Annual report of the Imperial Bacteriologist
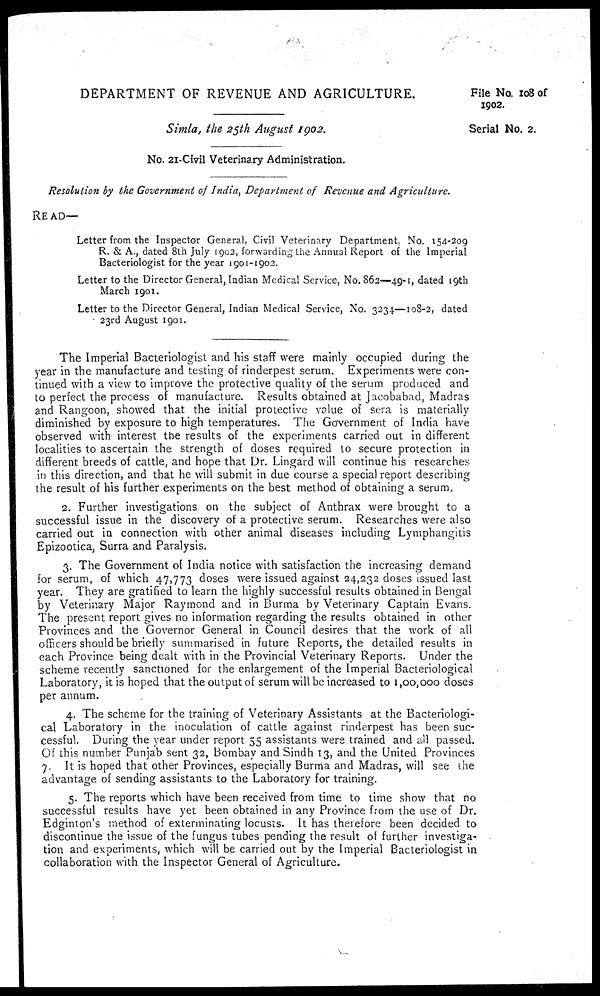
File No. 108 of
1902.
Serial No. 2.
DEPARTMENT OF REVENUE AND AGRICULTURE.
Simla, the 25th August 1902.
No. 21-Civil Veterinary Administration.
Resolution by the Government of India, Department of Revenue and Agriculture.
READ—
Letter from the Inspector General, Civil Veterinary Department, No. 154-209
R. & A., dated 8th July 1902, forwarding the Annual Report of the Imperial
Bacteriologist for the year 1901-1902.
Letter to the Director General, Indian Medical Service, No. 862—49-1, dated 19th
March 1901.
Letter to the Director General, Indian Medical Service, No. 3234—108-2, dated
23rd August 1901.
The Imperial Bacteriologist and his staff were mainly occupied during the
year in the manufacture and testing of rinderpest serum. Experiments were con-
tinued with a view to improve the protective quality of the serum produced and
to perfect the process of manufacture. Results obtained at Jacobabad, Madras
and Rangoon, showed that the initial protective value of sera is materially
diminished by exposure to high temperatures. The Government of India have
observed with interest the results of the experiments carried out in different
localities to ascertain the strength of doses required to secure protection in
different breeds of cattle, and hope that Dr. Lingard will continue his researches
in this direction, and that he will submit in due course a special report describing
the result of his further experiments on the best method of obtaining a serum.
2. Further investigations on the subject of Anthrax were brought to a
successful issue in the discovery of a protective serum. Researches were also
carried out in connection with other animal diseases including Lymphangitis
Epizootica, Surra and Paralysis.
3. The Government of India notice with satisfaction the increasing demand
for serum, of which 47,773 doses were issued against 24,232 doses issued last
year. They are gratified to learn the highly successful results obtained in Bengal
by Veterinary Major Raymond and in Burma by Veterinary Captain Evans.
The present report gives no information regarding the results obtained in other
Provinces and the Governor General in Council desires that the work of all
officers should be briefly summarised in future Reports, the detailed results in
each Province being dealt with in the Provincial Veterinary Reports. Under the
scheme recently sanctioned for the enlargement of the Imperial Bacteriological
Laboratory, it is hoped that the output of serum will be increased to 1,00,000 doses
per annum.
4. The scheme for the training of Veterinary Assistants at the Bacteriologi-
cal Laboratory in the inoculation of cattle against rinderpest has been suc-
cessful. During the year under report 55 assistants were trained and all passed.
Of this number Punjab sent 32, Bombay and Sindh 13, and the United Provinces
7. It is hoped that other Provinces, especially Burma and Madras, will see the
advantage of sending assistants to the Laboratory for training.
5. The reports which have been received from time to time show that no
successful results have yet been obtained in any Province from the use of Dr.
Edginton's method of exterminating locusts. It has therefore been decided to
discontinue the issue of the fungus tubes pending the result of further investiga-
tion and experiments, which will be carried out by the Imperial Bacteriologist in
collaboration with the Inspector General of Agriculture.